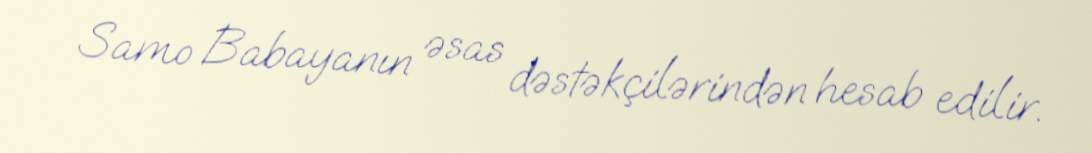
Samo Babayanın əsas dəstəkçilərindən hesab edilir.